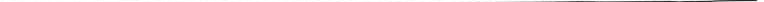
_